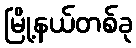
မြို့နယ်တစ်ခု